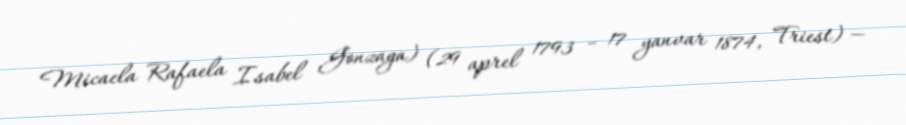
Micaela Rafaela Isabel Gonzaga) (29 aprel 1793 – 17 yanvar 1874, Triest) —